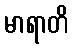
မာရာတိ